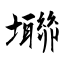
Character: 壣